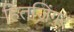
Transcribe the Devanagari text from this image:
हितजिंगर